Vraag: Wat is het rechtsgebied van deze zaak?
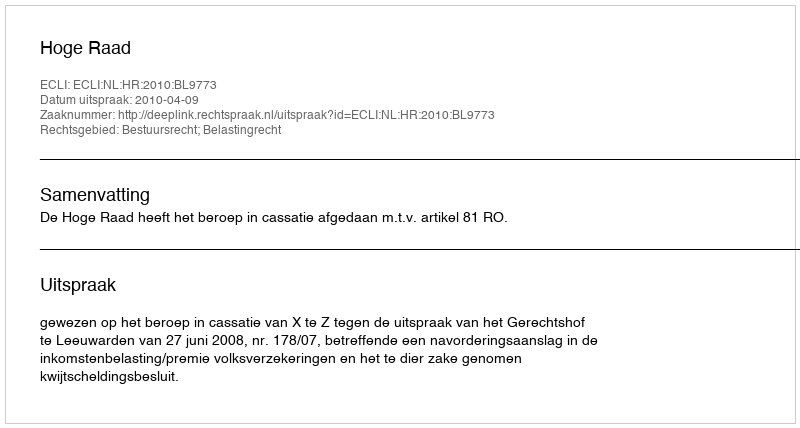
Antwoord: Bestuursrecht; Belastingrecht